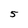
Character: 5